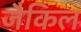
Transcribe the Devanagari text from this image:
जैकिल